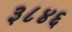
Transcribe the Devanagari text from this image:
३८४६